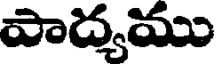
పాద్యము